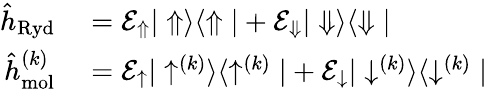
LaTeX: \begin{array}{rl}{\hat{h}_{\mathrm{Ryd}}}&{{}=\mathcal{E}_{\Uparrow}|\Uparrow\rangle\langle\Uparrow|+\mathcal{E}_{\Downarrow}|\Downarrow\rangle\langle\Downarrow|}\\ {\hat{h}_{\mathrm{mol}}^{(k)}}&{{}=\mathcal{E}_{\uparrow}|\uparrow^{(k)}\rangle\langle\uparrow^{(k)}|+\mathcal{E}_{\downarrow}|\downarrow^{(k)}\rangle\langle\downarrow^{(k)}|}\end{array}